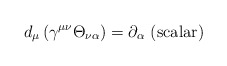
\begin{align*}d_\mu \left(\gamma^{\mu\nu}\Theta_{\nu\alpha}\right) = \partial_\alpha \hbox{ (scalar)}\end{align*}